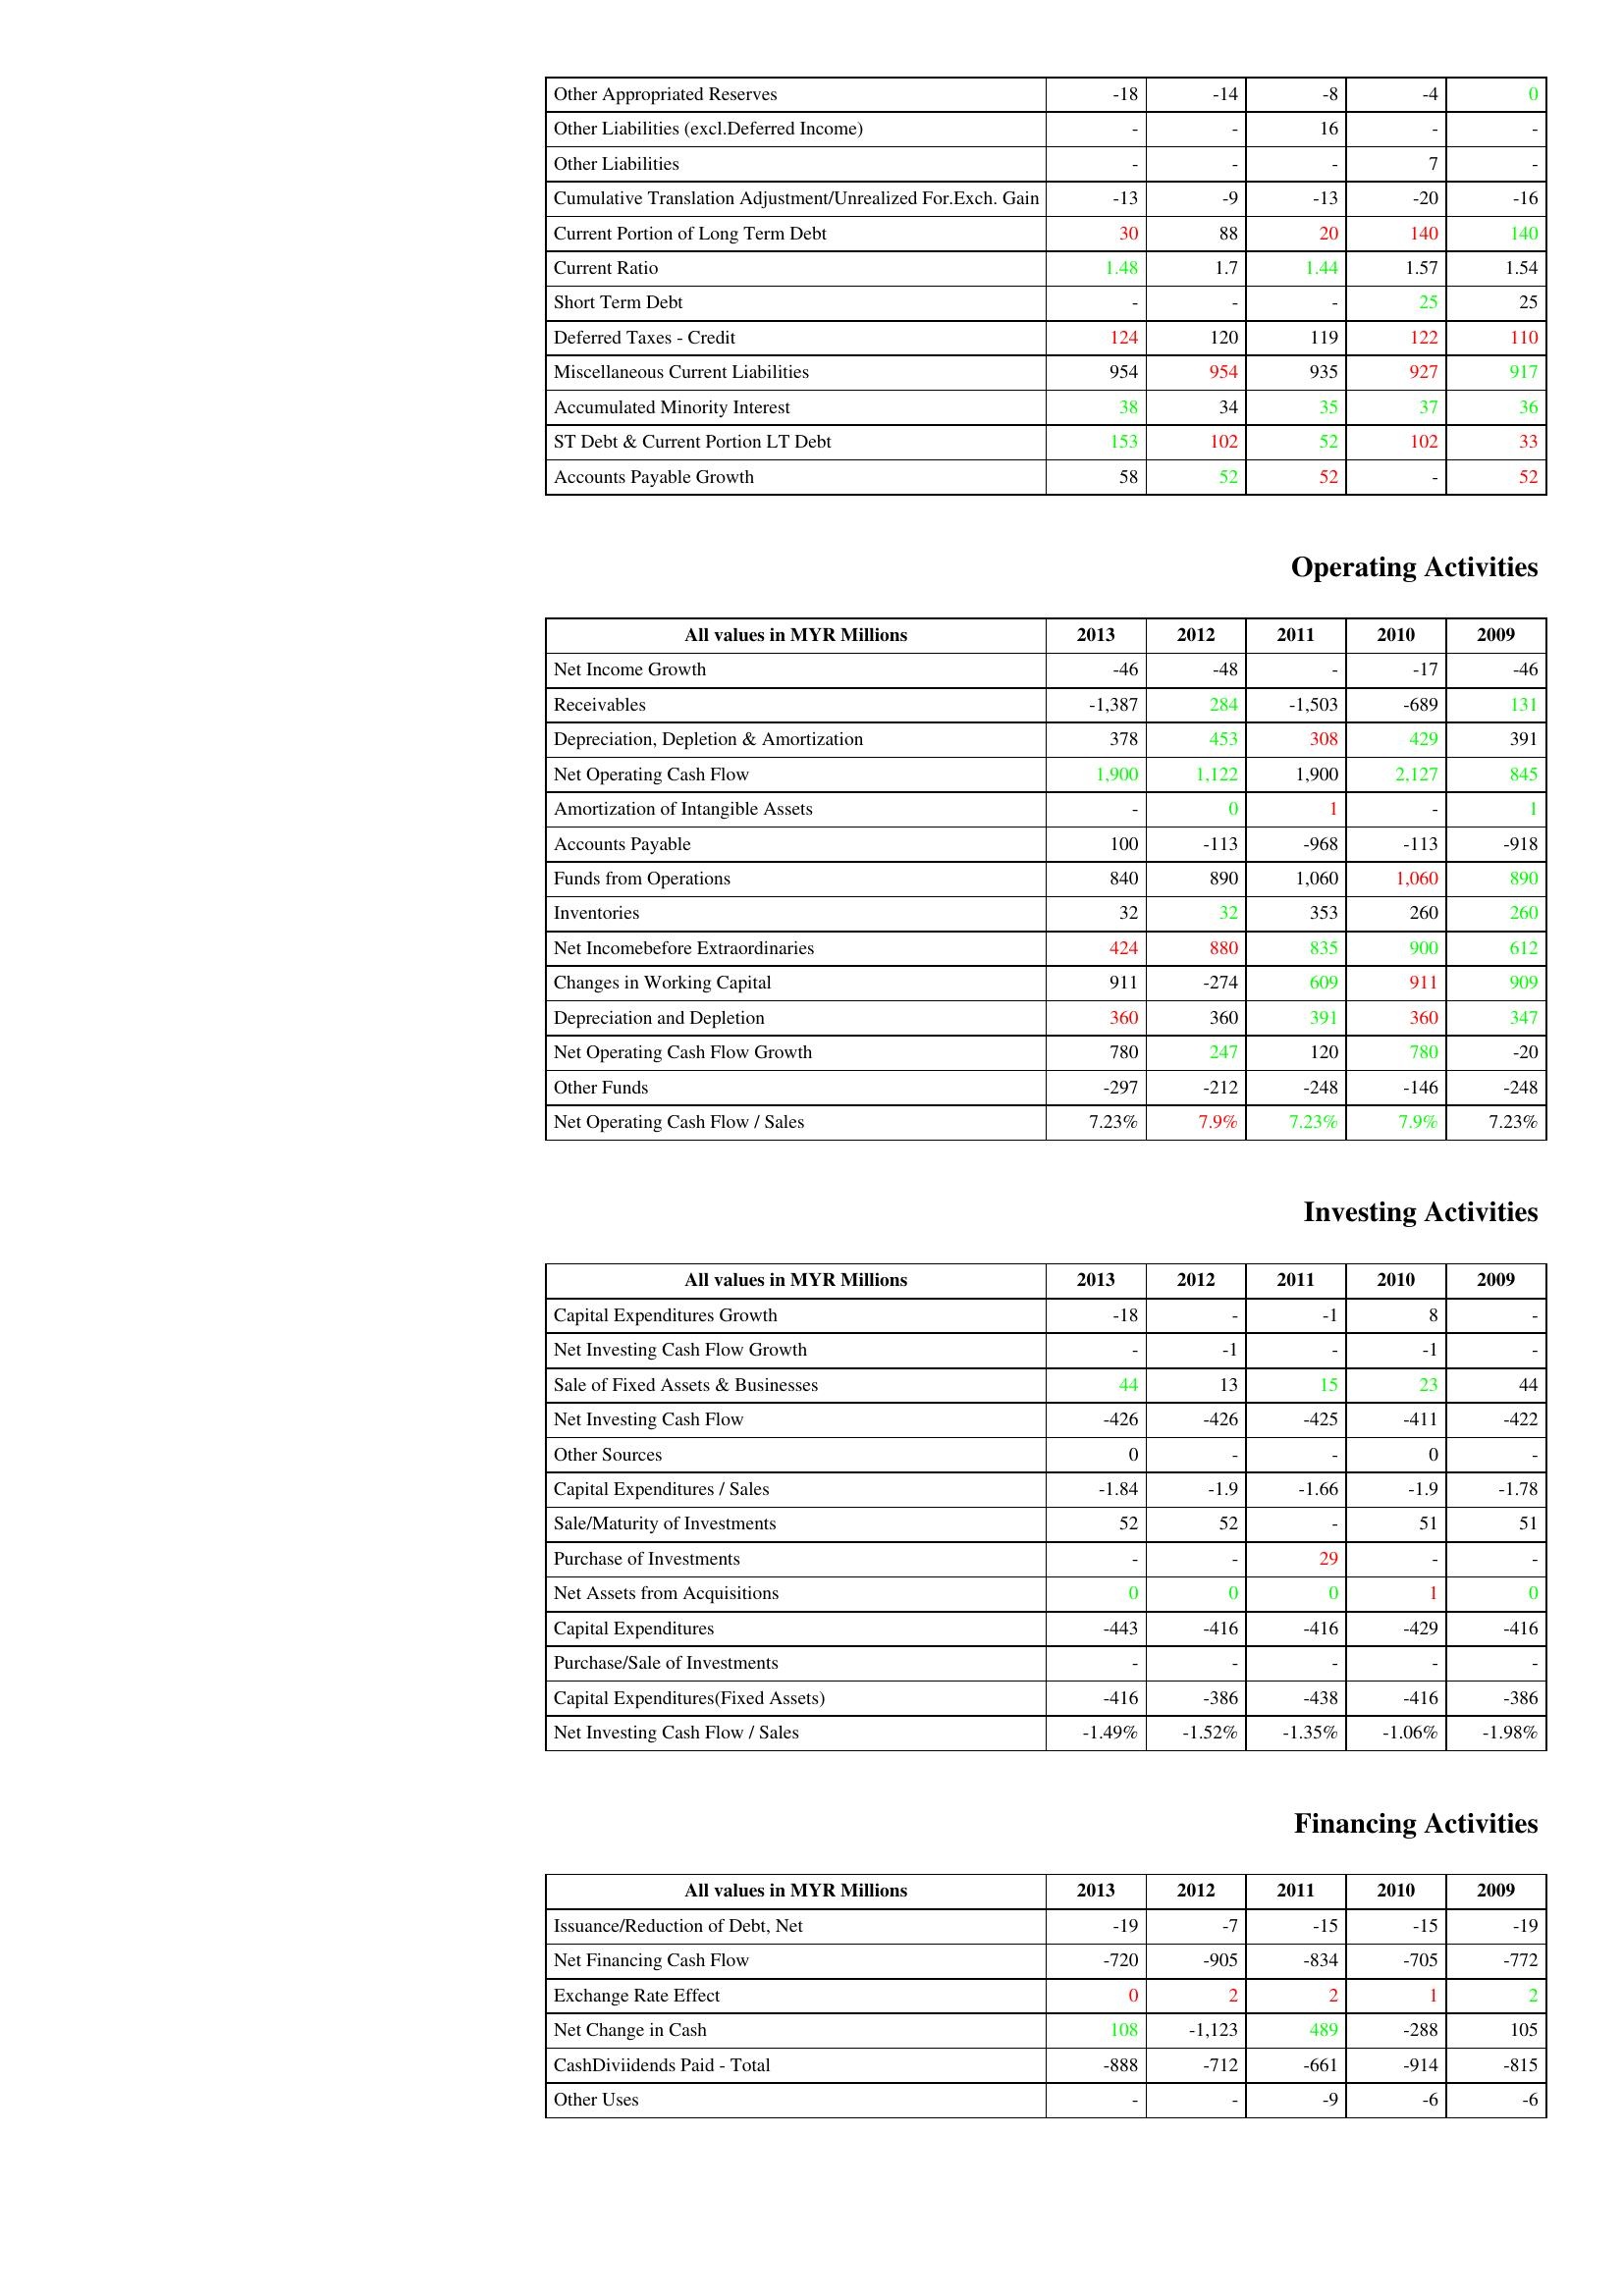
gt_parse: 2013: Liabilities & Shareholder's Equity: Other Appropriated Reserves: -18
Other Liabilities (excl.Deferred Income): -
Other Liabilities: -
Cumulative Translation Adjustment/Unrealized For.Exch. Gain: -13
Current Portion of Long Term Debt: 30
Current Ratio: 1.48
Short Term Debt: -
Deferred Taxes - Credit: 124
Miscellaneous Current Liabilities: 954
Accumulated Minority Interest: 38
ST Debt & Current Portion LT Debt: 153
Accounts Payable Growth: 58
Operating Activities: Net Income Growth: -46
Receivables: -1,387
Depreciation, Depletion & Amortization: 378
Net Operating Cash Flow: 1,900
Amortization of Intangible Assets: -
Accounts Payable: 100
Funds from Operations: 840
Inventories: 32
Net Incomebefore Extraordinaries: 424
Changes in Working Capital: 911
Depreciation and Depletion: 360
Net Operating Cash Flow Growth: 780
Other Funds: -297
Net Operating Cash Flow / Sales: 7.23%
Investing Activities: Capital Expenditures Growth: -18
Net Investing Cash Flow Growth: -
Sale of Fixed Assets & Businesses: 44
Net Investing Cash Flow: -426
Other Sources: 0
Capital Expenditures / Sales: -1.84
Sale/Maturity of Investments: 52
Purchase of Investments: -
Net Assets from Acquisitions: 0
Capital Expenditures: -443
Purchase/Sale of Investments: -
Capital Expenditures(Fixed Assets): -416
Net Investing Cash Flow / Sales: -1.49%
Financing Activities: Issuance/Reduction of Debt, Net: -19
Net Financing Cash Flow: -720
Exchange Rate Effect: 0
Net Change in Cash: 108
CashDiviidends Paid - Total: -888
Other Uses: -
2012: Liabilities & Shareholder's Equity: Other Appropriated Reserves: -14
Other Liabilities (excl.Deferred Income): -
Other Liabilities: -
Cumulative Translation Adjustment/Unrealized For.Exch. Gain: -9
Current Portion of Long Term Debt: 88
Current Ratio: 1.7
Short Term Debt: -
Deferred Taxes - Credit: 120
Miscellaneous Current Liabilities: 954
Accumulated Minority Interest: 34
ST Debt & Current Portion LT Debt: 102
Accounts Payable Growth: 52
Operating Activities: Net Income Growth: -48
Receivables: 284
Depreciation, Depletion & Amortization: 453
Net Operating Cash Flow: 1,122
Amortization of Intangible Assets: 0
Accounts Payable: -113
Funds from Operations: 890
Inventories: 32
Net Incomebefore Extraordinaries: 880
Changes in Working Capital: -274
Depreciation and Depletion: 360
Net Operating Cash Flow Growth: 247
Other Funds: -212
Net Operating Cash Flow / Sales: 7.9%
Investing Activities: Capital Expenditures Growth: -
Net Investing Cash Flow Growth: -1
Sale of Fixed Assets & Businesses: 13
Net Investing Cash Flow: -426
Other Sources: -
Capital Expenditures / Sales: -1.9
Sale/Maturity of Investments: 52
Purchase of Investments: -
Net Assets from Acquisitions: 0
Capital Expenditures: -416
Purchase/Sale of Investments: -
Capital Expenditures(Fixed Assets): -386
Net Investing Cash Flow / Sales: -1.52%
Financing Activities: Issuance/Reduction of Debt, Net: -7
Net Financing Cash Flow: -905
Exchange Rate Effect: 2
Net Change in Cash: -1,123
CashDiviidends Paid - Total: -712
Other Uses: -
2011: Liabilities & Shareholder's Equity: Other Appropriated Reserves: -8
Other Liabilities (excl.Deferred Income): 16
Other Liabilities: -
Cumulative Translation Adjustment/Unrealized For.Exch. Gain: -13
Current Portion of Long Term Debt: 20
Current Ratio: 1.44
Short Term Debt: -
Deferred Taxes - Credit: 119
Miscellaneous Current Liabilities: 935
Accumulated Minority Interest: 35
ST Debt & Current Portion LT Debt: 52
Accounts Payable Growth: 52
Operating Activities: Net Income Growth: -
Receivables: -1,503
Depreciation, Depletion & Amortization: 308
Net Operating Cash Flow: 1,900
Amortization of Intangible Assets: 1
Accounts Payable: -968
Funds from Operations: 1,060
Inventories: 353
Net Incomebefore Extraordinaries: 835
Changes in Working Capital: 609
Depreciation and Depletion: 391
Net Operating Cash Flow Growth: 120
Other Funds: -248
Net Operating Cash Flow / Sales: 7.23%
Investing Activities: Capital Expenditures Growth: -1
Net Investing Cash Flow Growth: -
Sale of Fixed Assets & Businesses: 15
Net Investing Cash Flow: -425
Other Sources: -
Capital Expenditures / Sales: -1.66
Sale/Maturity of Investments: -
Purchase of Investments: 29
Net Assets from Acquisitions: 0
Capital Expenditures: -416
Purchase/Sale of Investments: -
Capital Expenditures(Fixed Assets): -438
Net Investing Cash Flow / Sales: -1.35%
Financing Activities: Issuance/Reduction of Debt, Net: -15
Net Financing Cash Flow: -834
Exchange Rate Effect: 2
Net Change in Cash: 489
CashDiviidends Paid - Total: -661
Other Uses: -9
2010: Liabilities & Shareholder's Equity: Other Appropriated Reserves: -4
Other Liabilities (excl.Deferred Income): -
Other Liabilities: 7
Cumulative Translation Adjustment/Unrealized For.Exch. Gain: -20
Current Portion of Long Term Debt: 140
Current Ratio: 1.57
Short Term Debt: 25
Deferred Taxes - Credit: 122
Miscellaneous Current Liabilities: 927
Accumulated Minority Interest: 37
ST Debt & Current Portion LT Debt: 102
Accounts Payable Growth: -
Operating Activities: Net Income Growth: -17
Receivables: -689
Depreciation, Depletion & Amortization: 429
Net Operating Cash Flow: 2,127
Amortization of Intangible Assets: -
Accounts Payable: -113
Funds from Operations: 1,060
Inventories: 260
Net Incomebefore Extraordinaries: 900
Changes in Working Capital: 911
Depreciation and Depletion: 360
Net Operating Cash Flow Growth: 780
Other Funds: -146
Net Operating Cash Flow / Sales: 7.9%
Investing Activities: Capital Expenditures Growth: 8
Net Investing Cash Flow Growth: -1
Sale of Fixed Assets & Businesses: 23
Net Investing Cash Flow: -411
Other Sources: 0
Capital Expenditures / Sales: -1.9
Sale/Maturity of Investments: 51
Purchase of Investments: -
Net Assets from Acquisitions: 1
Capital Expenditures: -429
Purchase/Sale of Investments: -
Capital Expenditures(Fixed Assets): -416
Net Investing Cash Flow / Sales: -1.06%
Financing Activities: Issuance/Reduction of Debt, Net: -15
Net Financing Cash Flow: -705
Exchange Rate Effect: 1
Net Change in Cash: -288
CashDiviidends Paid - Total: -914
Other Uses: -6
2009: Liabilities & Shareholder's Equity: Other Appropriated Reserves: 0
Other Liabilities (excl.Deferred Income): -
Other Liabilities: -
Cumulative Translation Adjustment/Unrealized For.Exch. Gain: -16
Current Portion of Long Term Debt: 140
Current Ratio: 1.54
Short Term Debt: 25
Deferred Taxes - Credit: 110
Miscellaneous Current Liabilities: 917
Accumulated Minority Interest: 36
ST Debt & Current Portion LT Debt: 33
Accounts Payable Growth: 52
Operating Activities: Net Income Growth: -46
Receivables: 131
Depreciation, Depletion & Amortization: 391
Net Operating Cash Flow: 845
Amortization of Intangible Assets: 1
Accounts Payable: -918
Funds from Operations: 890
Inventories: 260
Net Incomebefore Extraordinaries: 612
Changes in Working Capital: 909
Depreciation and Depletion: 347
Net Operating Cash Flow Growth: -20
Other Funds: -248
Net Operating Cash Flow / Sales: 7.23%
Investing Activities: Capital Expenditures Growth: -
Net Investing Cash Flow Growth: -
Sale of Fixed Assets & Businesses: 44
Net Investing Cash Flow: -422
Other Sources: -
Capital Expenditures / Sales: -1.78
Sale/Maturity of Investments: 51
Purchase of Investments: -
Net Assets from Acquisitions: 0
Capital Expenditures: -416
Purchase/Sale of Investments: -
Capital Expenditures(Fixed Assets): -386
Net Investing Cash Flow / Sales: -1.98%
Financing Activities: Issuance/Reduction of Debt, Net: -19
Net Financing Cash Flow: -772
Exchange Rate Effect: 2
Net Change in Cash: 105
CashDiviidends Paid - Total: -815
Other Uses: -6